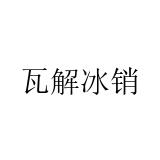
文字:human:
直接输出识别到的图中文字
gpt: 瓦解冰销